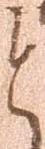
と